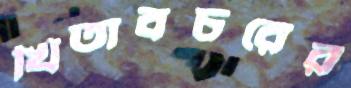
খিতাবচরের